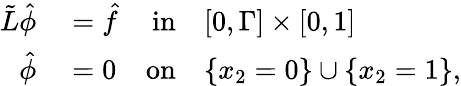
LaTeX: \begin{array}{rlrl}{\tilde{L}\hat{\phi}}&{{}=\hat{f}}&{\textnormal{in}}&{{}[0,\Gamma]\times[0,1]}\\ {\hat{\phi}}&{{}=0}&{\textnormal{on}}&{{}\lbrace x_{2}=0\rbrace\cup\lbrace x_{2}=1\rbrace,}\end{array}